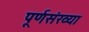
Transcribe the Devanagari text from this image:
पूर्णसंख्या